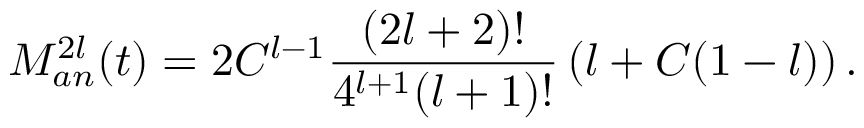
M _ { a n } ^ { 2 l } ( t ) = 2 C ^ { l - 1 } \frac { ( 2 l + 2 ) ! } { 4 ^ { l + 1 } ( l + 1 ) ! } \left( l + C ( 1 - l ) \right) .